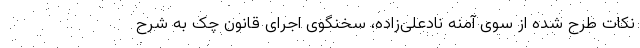
نکات طرح شده از سوی آمنه نادعلی‌زاده، سخنگوی اجرای قانون چک به شرح